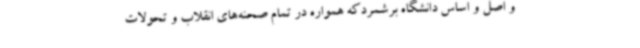
و اصل و اساس دانشگاه برشمردکه همواره در تمام صحنه‌های انقلاب و تحولات